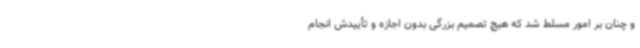
و چنان بر امور مسلط شد که هیچ تصمیم بزرگی بدون اجازه و تأییدش انجام